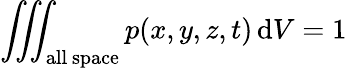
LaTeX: \iiint_{\mathrm{all~space}}p(x,y,z,t)\, \mathrm{d}V=1